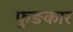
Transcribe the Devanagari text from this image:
फुङकार